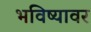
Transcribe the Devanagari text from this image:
भविष्यावर